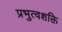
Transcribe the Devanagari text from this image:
प्रभुत्वशक्ति